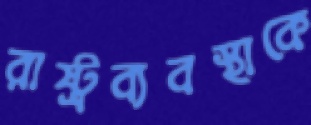
রাষ্ট্রব্যবস্থাকে